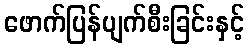
ဖောက်ပြန်ပျက်စီးခြင်းနှင့်